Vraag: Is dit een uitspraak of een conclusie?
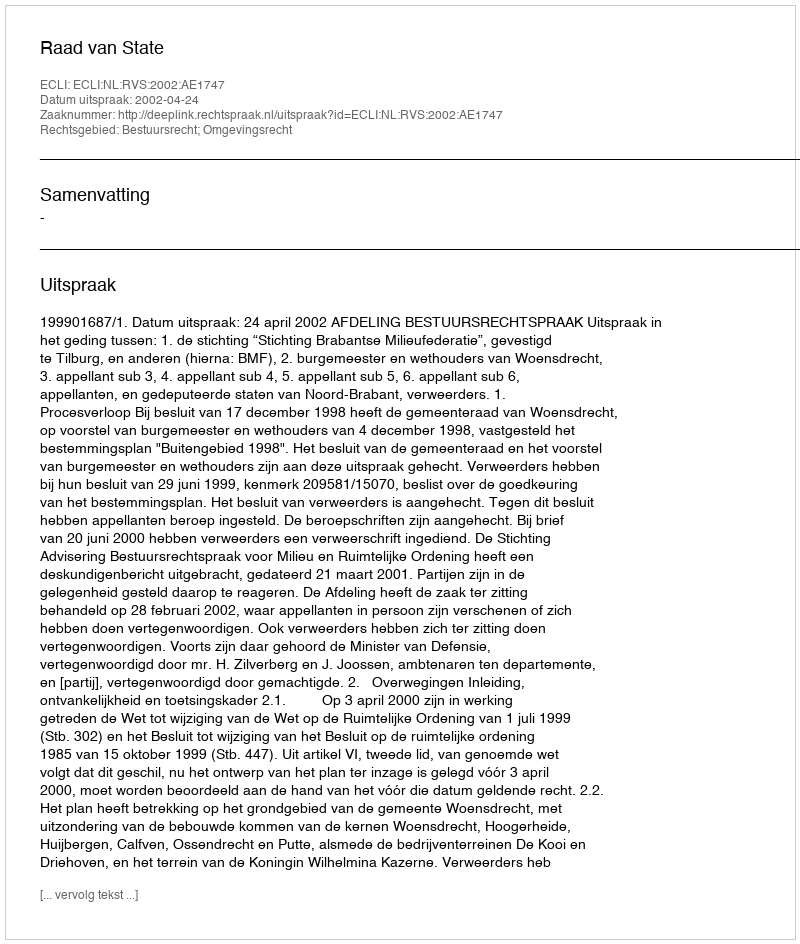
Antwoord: Uitspraak